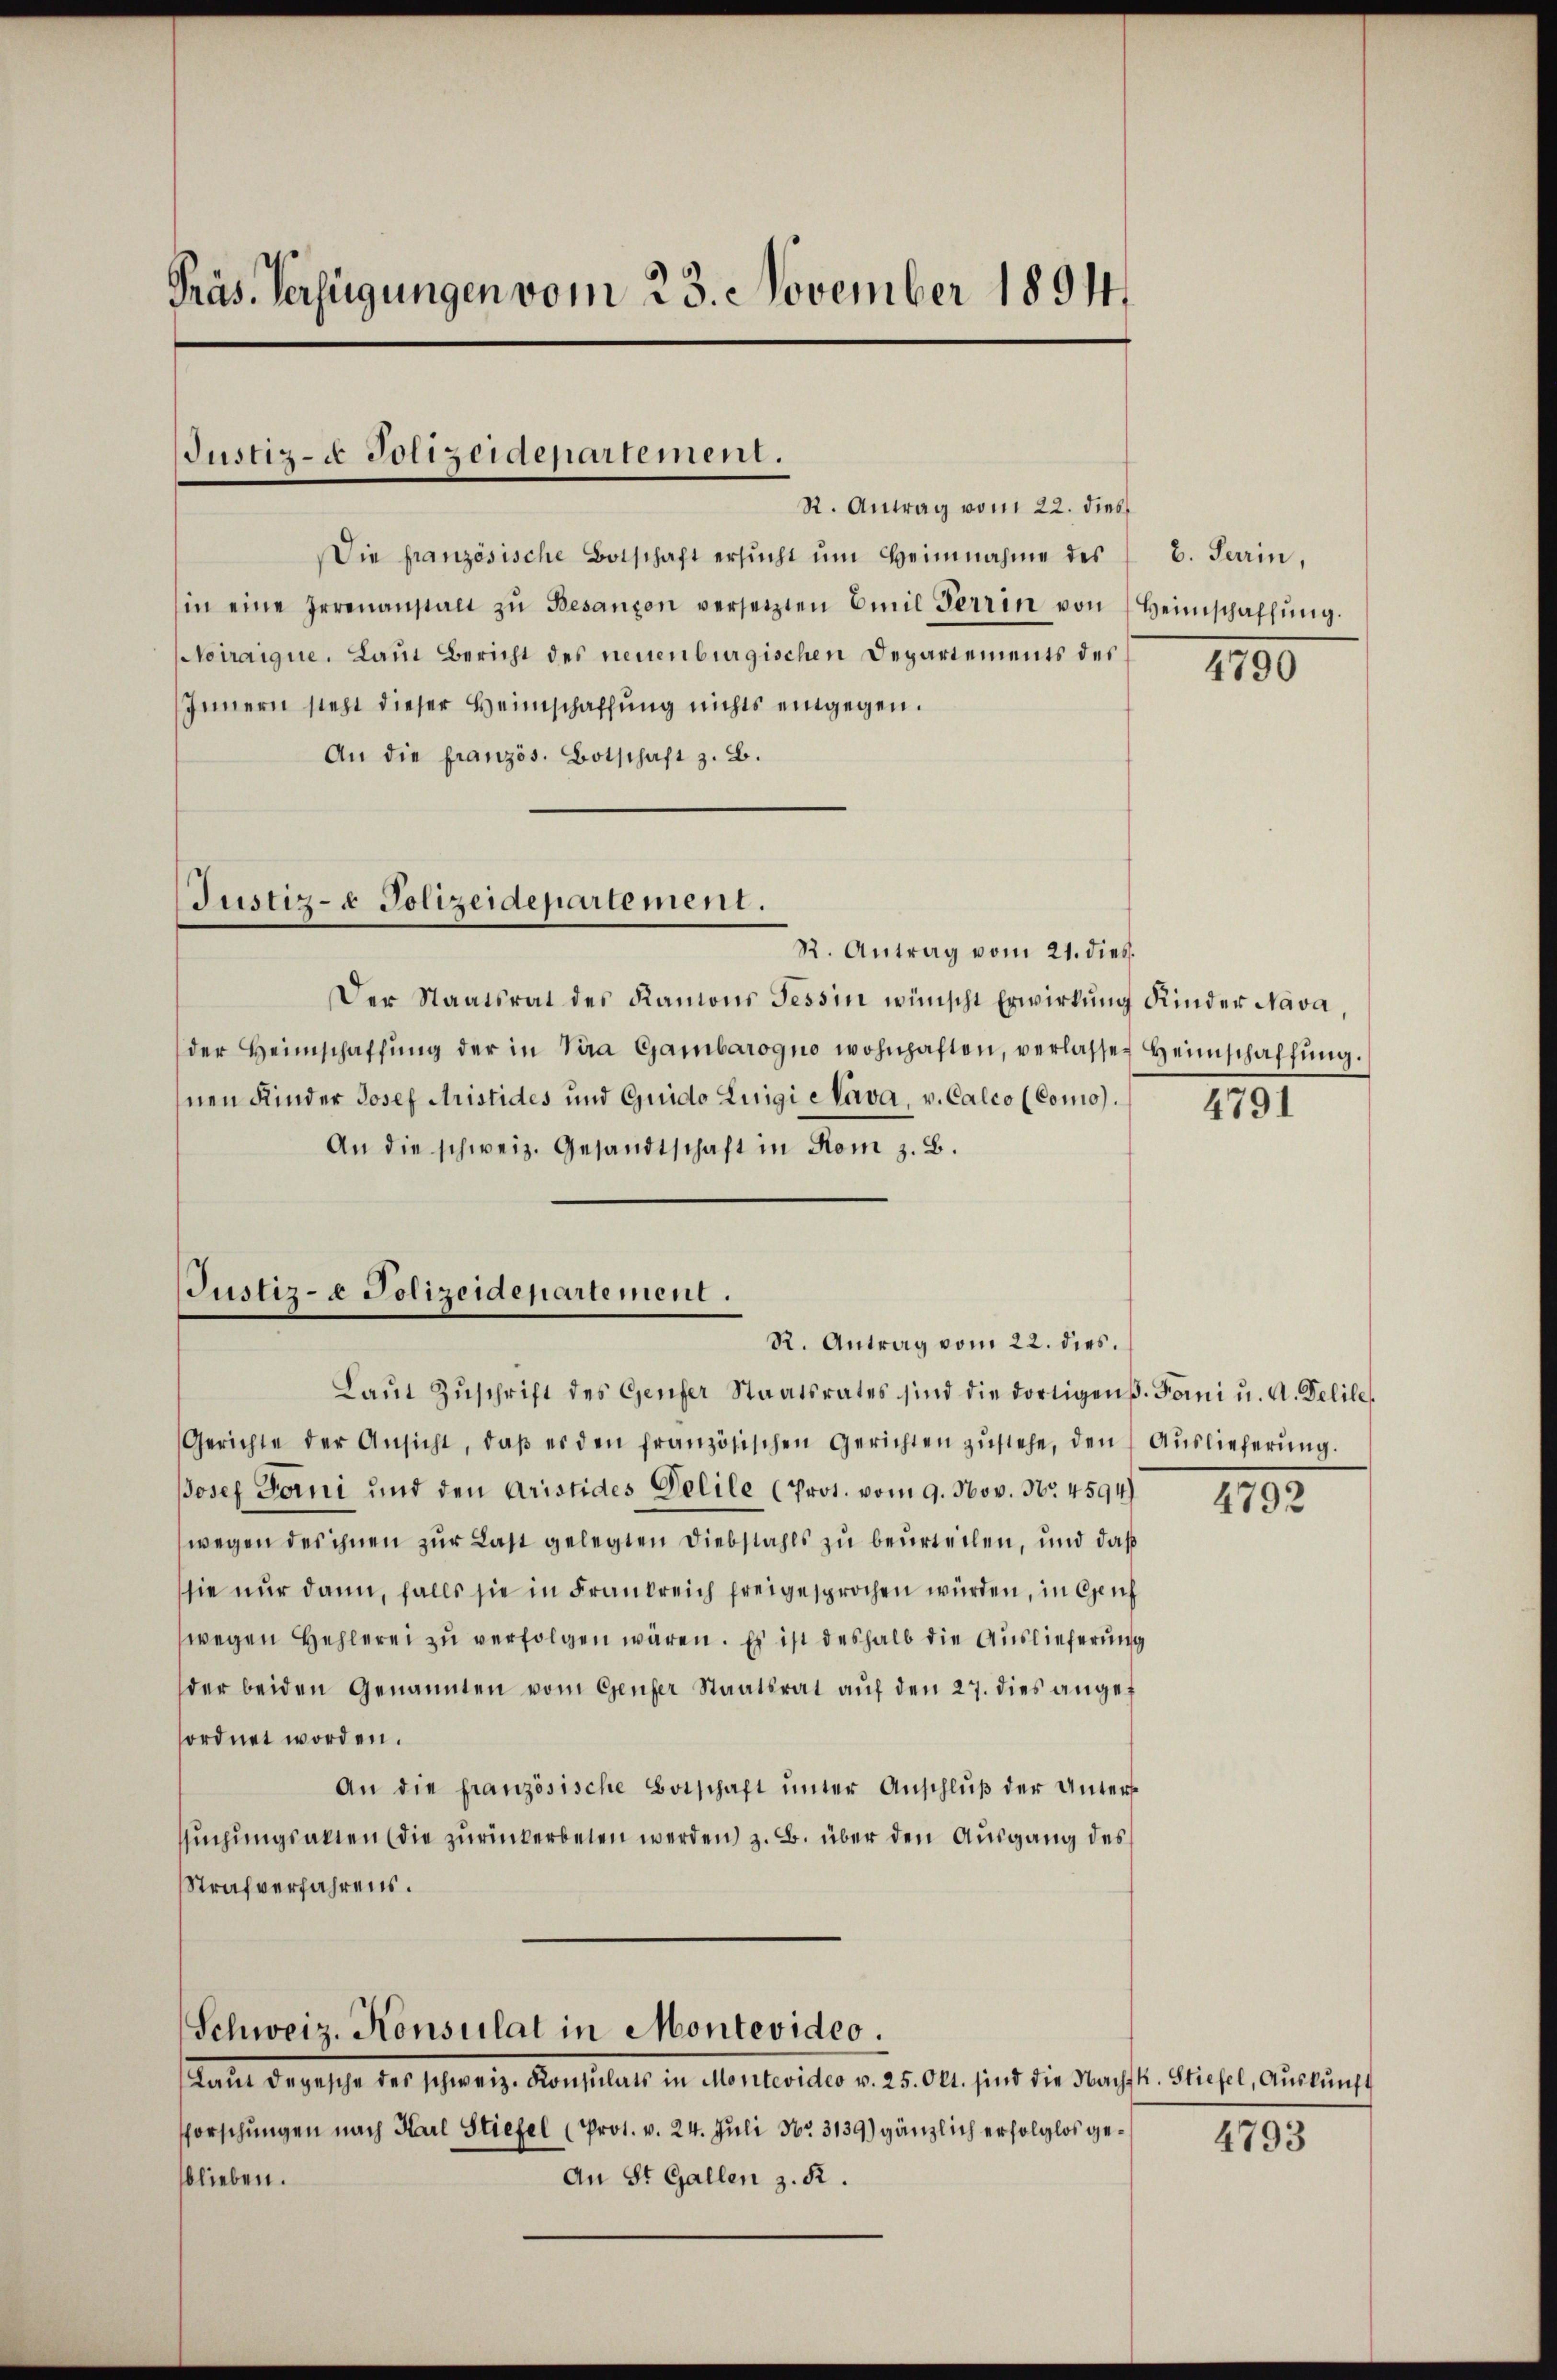
Präs. Verfügungen vom 23. November 1894

Justiz- & Polizeidepartement.

R. Antrag vom 22. dies
Die französische Botschaft ersŭcht ŭm Heinnahme des B. Sein,
in eine Irrenanstalt zŭ Besanzen versetzten Emil Terrin von Heimschaffŭng.
Noiraigue, Laut Bericht des neuenburgischen Departements des
Innern sieht dieser Heimschaffung nichts eingegen.
An die französ. Botschaft z. B.

Justiz- & Polizeidepartement.

R. Antrag vom 21. dieß.
Der Staatsrat des Ramons Tessin wünscht Erwirkŭng Kinder Nava,
der Heimschaffŭng der in Vira Gambarogno wohnhaften, verlassen Heimschaffung.
hnen Kinder Josef Aristides und Guido Luigi Cava, v. Calco (Como).
An die schweiz. Gesandtschaft in Rom z. B.

Justiz- & Polizeidepartement.
R. Antrag vom 22. dies.

Schweiz. Konsulat in Montevideo.

Laŭt Zŭschrift des Genfer Staatsrates sind die dortigen. Forni u. A. Delile
Gerichte der Ansicht, daβ es den französischen Gerichten zŭstehe, den Aŭslieferŭng.
Josef Fani und den Aristides Delile (Prot. vom 9. Nov. No. 4594)
wegen des ihnen zur Last gelegten Diebstahls zu beurteilen, und daß
sie nur dann, falls sie in Frankreich freigesprochen würden, in Genf
wegen Hehlerei zu verfolgen wären. Es ist deshalb die Auslieferung
der beiden Genannten vom Genfer Staatsrat auf den 27. dies angef
ordnet worden.
An die französische Botschaft ŭnter Anschlŭβ der Unters
ssuchungsakten (die zurückerbeten werden, z. B. über den Ausgang des
Strafverfahrens.

Rates Gegensche des Jahrgeiz. Konsulat in Man leicher v. 25. Oct. fint die darauf fl. Stiefel, Auskunft
sforschungen nach Karl Stiefel (Prot. v. 24. Juli No 3139) gänzlich erfolglos ge¬
An St. Gallen z. R.
blieben.

4790

4791

4792

4793